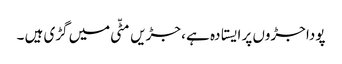
پودا جڑوں پر ایستادہ ہے ، جڑیں مٹّی میں گڑی ہیں ۔